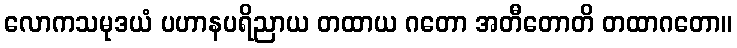
လောကသမုဒယံ ပဟာနပရိညာယ တထာယ ဂတော အတီတောတိ တထာဂတော။